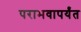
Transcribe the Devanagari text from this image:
पराभवापर्यंत